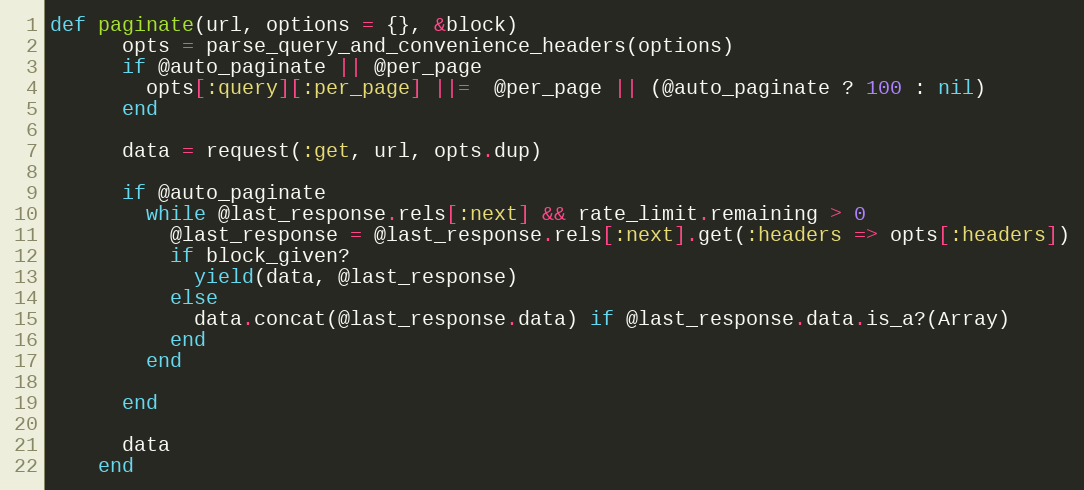
Language: Ruby
def paginate(url, options = {}, &block)
      opts = parse_query_and_convenience_headers(options)
      if @auto_paginate || @per_page
        opts[:query][:per_page] ||=  @per_page || (@auto_paginate ? 100 : nil)
      end

      data = request(:get, url, opts.dup)

      if @auto_paginate
        while @last_response.rels[:next] && rate_limit.remaining > 0
          @last_response = @last_response.rels[:next].get(:headers => opts[:headers])
          if block_given?
            yield(data, @last_response)
          else
            data.concat(@last_response.data) if @last_response.data.is_a?(Array)
          end
        end

      end

      data
    end